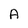
Character: A